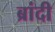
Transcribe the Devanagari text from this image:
ब्रांदी